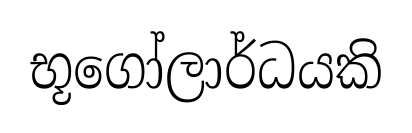
භූගෝලාර්ධයකි